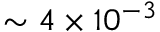
\sim 4 \times 1 0 ^ { - 3 }